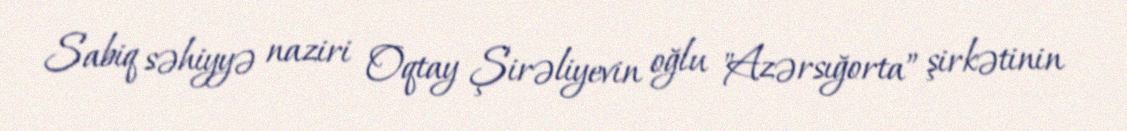
Sabiq səhiyyə naziri Oqtay Şirəliyevin oğlu "Azərsığorta” şirkətinin